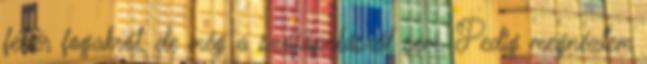
fehér fogakról, de még a szájápolásról sem. Pedig megnéztem